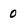
Character: 0